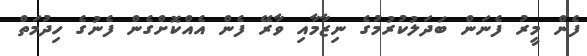
ފެން މީރު ފެނަން ބަދަލުކުރުމުގެ ނިޒާމާއި ވާރޭ ފެން އެއްކޮށްގެން ފެނުގެ ހިދުމަތް